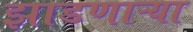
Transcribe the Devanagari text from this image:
झाडणाऱ्या